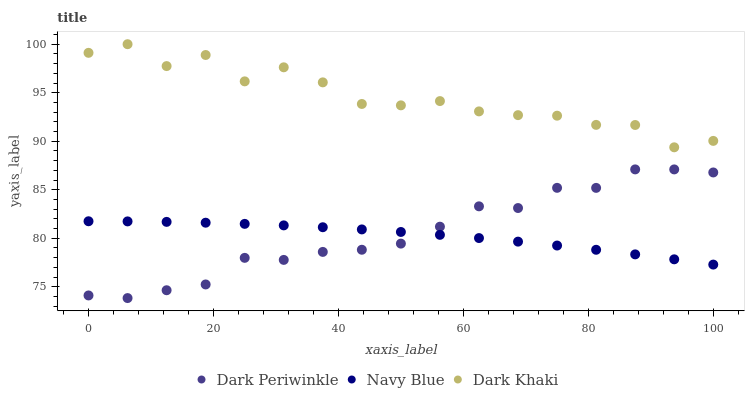
| xaxis_label | Dark Periwinkle | Navy Blue | Dark Khaki |
 | --- | --- | --- | --- |
 | 0 | 74.1 | 81.8 | 99.1 |
 | 6.25 | 73.8 | 81.7 | 100 |
 | 12.5 | 74.6 | 81.7 | 97.7 |
 | 18.8 | 75.2 | 81.6 | 98.9 |
 | 25 | 78 | 81.5 | 96.2 |
 | 31.2 | 77.8 | 81.3 | 97.6 |
 | 37.5 | 78.6 | 81.1 | 96.1 |
 | 43.8 | 78.8 | 80.9 | 93.8 |
 | 50 | 79.4 | 80.6 | 93.7 |
 | 56.2 | 81.2 | 80.4 | 94.1 |
 | 62.5 | 83.3 | 80 | 93.1 |
 | 68.8 | 83.1 | 79.7 | 92.7 |
 | 75 | 85.2 | 79.2 | 92.6 |
 | 81.2 | 85.2 | 78.8 | 91.7 |
 | 87.5 | 87.1 | 78.3 | 91.7 |
 | 93.8 | 87.1 | 77.8 | 89.4 |
 | 100 | 86.8 | 77.3 | 90 |